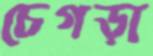
চেগড়া